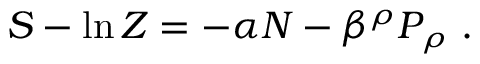
S - \ln { \cal Z } = - \alpha { \cal N } - \beta ^ { \rho } { \cal P } _ { \rho } \ .